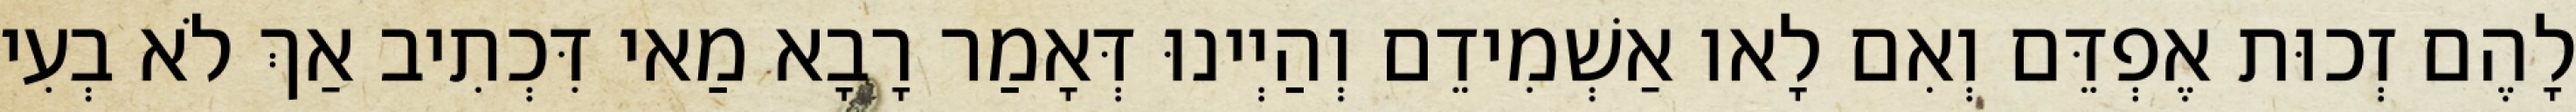
לָהֶם זְכוּת אֶפְדֵּם וְאִם לָאו אַשְׁמִידֵם וְהַיְינוּ דְּאָמַר רָבָא מַאי דִּכְתִיב אַךְ לֹא בְעִי